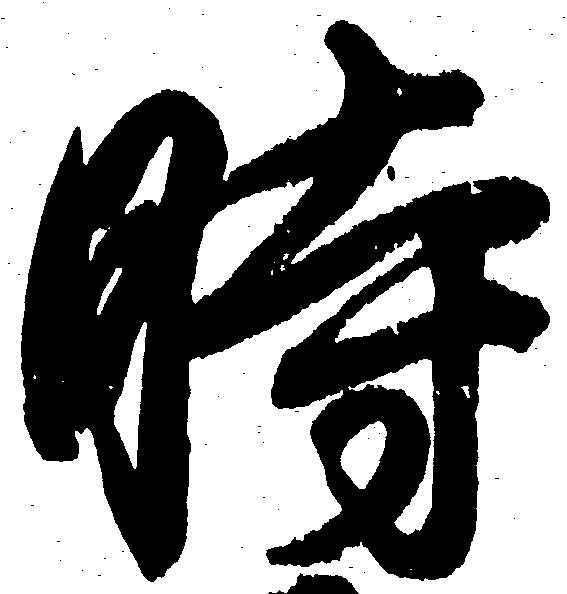
時